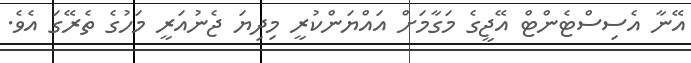
އޭނާ އެސިސްޓެންޓް އޭޖީގެ މަގާމަށް އައްޔަންކުރީ މިދިޔަ ޖެނުއަރީ މަހުގެ ތެރޭގަ އެވެ.